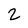
Character: 2